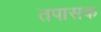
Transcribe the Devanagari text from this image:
तपासक